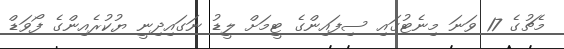
މެޗުގެ 17 ވަނަ މިނެޓުގައި ސިފައިންގެ ޓީމަށް ލީޑު ނަގައިދިނީ ޔުކުރެއިންގެ ފޯވަޑް